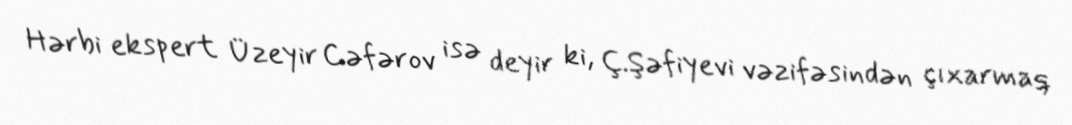
Hərbi ekspert Üzeyir Cəfərov isə deyir ki, Ç.Şəfiyevi vəzifəsindən çıxarmaq